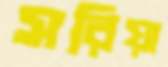
সরিয়া